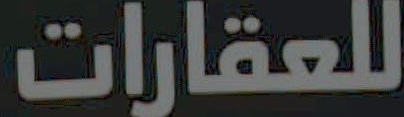
للعقارات